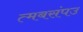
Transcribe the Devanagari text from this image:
त्मबसंपउ